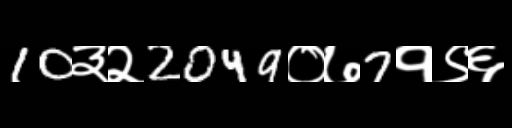
Text: 10३२2049०७7१९६